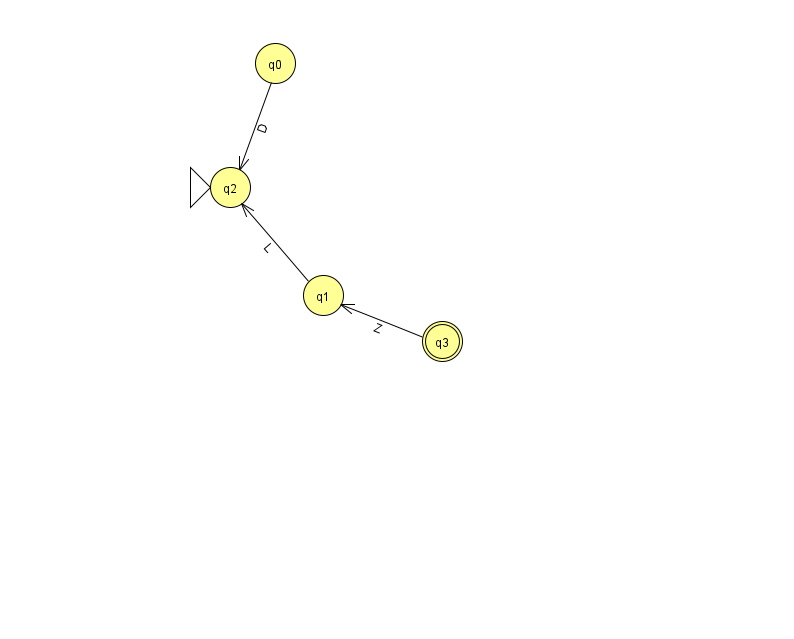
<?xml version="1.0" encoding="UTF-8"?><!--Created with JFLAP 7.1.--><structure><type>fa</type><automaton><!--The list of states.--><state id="0" name="q0"><x>275.0</x><y>50.0</y></state><state id="1" name="q1"><x>323.0</x><y>282.0</y></state><state id="2" name="q2"><x>230.0</x><y>174.0</y><initial/></state><state id="3" name="q3"><x>442.0</x><y>328.0</y><final/></state><!--The list of transitions.--><transition><from>1</from><to>2</to><read>L</read></transition><transition><from>3</from><to>1</to><read>Z</read></transition><transition><from>0</from><to>2</to><read>D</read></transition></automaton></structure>